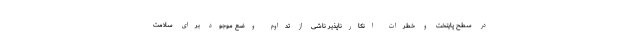
در سطح پایتخت و خطرات انکارناپذیر ناشی از تداوم وضع موجود برای سلامت